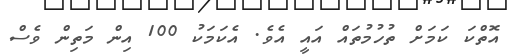
އޮތްކަ ކަމަށް ތުހުމުތައް އައީ އެވެ. އެކަމަކު 100 އިން މަތިން ވެސް